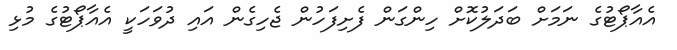
އެއާޕޯޓުގެ ނަމަށް ބަދަލުކޮށް ހިންގަން ފެށިފަހުން ޖެހިގެން އައި ދުވަހަކީ އެއާޕޯޓުގެ މުޅި